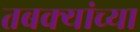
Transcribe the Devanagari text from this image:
तबक्यांच्या